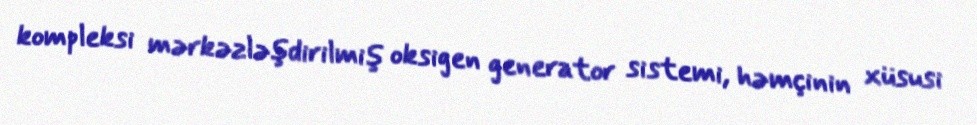
kompleksi mərkəzləşdirilmiş oksigen generator sistemi, həmçinin xüsusi